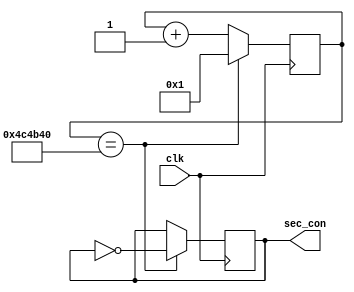
`timescale 1ns / 1ps
//////////////////////////////////////////////////////////////////////////////////
// Company: 
// Engineer: 
// 
// Design Name: 
// Module Name: sec_gen_zhen
// Project Name: 
// Target Devices: 
// Tool Versions: 
// Description: 
// 
// Dependencies: 
// 
// Revision:
// Revision 0.01 - File Created
// Additional Comments:
// 
//////////////////////////////////////////////////////////////////////////////////


module sec_gen_zhen(
input clk,
output reg sec_con
    );
    reg [25:0] n;
         
    always @(posedge clk)
    begin
    if(n==26'd5000000)
    n<=26'd1;
    else
    n<=(n+26'd1);
    end
  
    always @(posedge clk)
    begin
    if(n==26'd5000000)
    sec_con<=~sec_con;
    else
    sec_con<=sec_con;
    end
         
endmodule